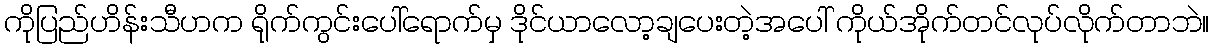
ကိုပြည်ဟိန်းသီဟက ရိုက်ကွင်းပေါ်ရောက်မှ ဒိုင်ယာလော့ချပေးတဲ့အပေါ် ကိုယ်အိုက်တင်လုပ်လိုက်တာဘဲ။